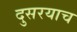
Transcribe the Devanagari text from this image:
दुसरयाच